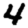
Digit: 4